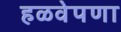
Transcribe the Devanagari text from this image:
हळवेपणा